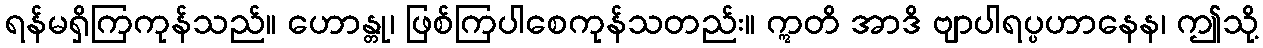
ရန်မရှိကြကုန်သည်။ ဟောန္တု၊ ဖြစ်ကြပါစေကုန်သတည်း။ ဣတိ အာဒိ ဗျာပါရပ္ပဟာနေန၊ ဤသို့